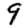
Digit: 9